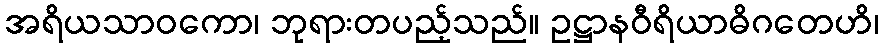
အရိယသာဝကော၊ ဘုရားတပည့်သည်။ ဥဋ္ဌာနဝီရိယာဓိဂတေဟိ၊